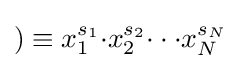
)\equiv x_{1}^{s_{1}}{\cdot }x_{2}^{s_{2}}{\cdot \cdot \cdot }x_{N}^{s_{N}}